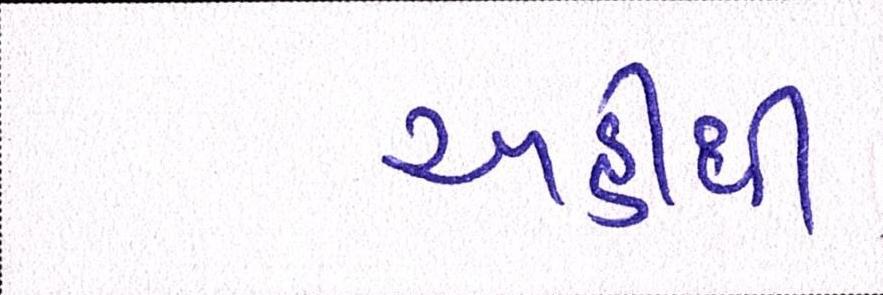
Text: અહીંથી